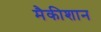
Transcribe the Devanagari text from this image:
मैकीशान